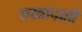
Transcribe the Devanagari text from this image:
एखादाही